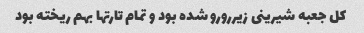
کل جعبه شیرینی زیررورو شده بود و تمام تارتها بهم ریخته بود